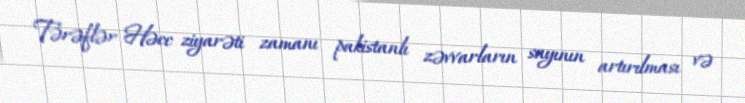
Tərəflər Həcc ziyarəti zamanı pakistanlı zəvvarların sayının artırılması və